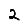
Digit: 2